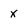
Character: X